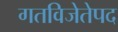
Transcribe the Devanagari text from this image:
गतविजेतेपद